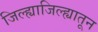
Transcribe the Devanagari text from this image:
जिल्ह्याजिल्ह्यातून